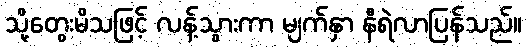
သို့တွေးမိသဖြင့် လန့်သွားကာ မျက်နှာ နီရဲလာပြန်သည်။